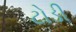
ટોડી